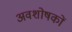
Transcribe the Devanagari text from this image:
अवशोषकों